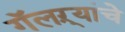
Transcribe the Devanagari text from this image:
गॅलऱ्यांचे